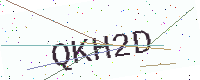
Text: QKH2D